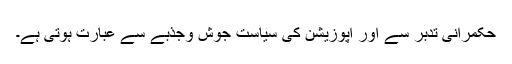
حکمرانی تدبر سے اور اپوزیشن کی سیاست جوش وجذبے سے عبارت ہوتی ہے۔